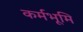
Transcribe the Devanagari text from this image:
कर्मभूमि